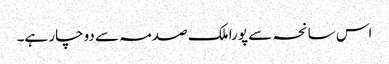
اس سانحہ سے پورا ملک صدمہ سے دوچار ہے۔